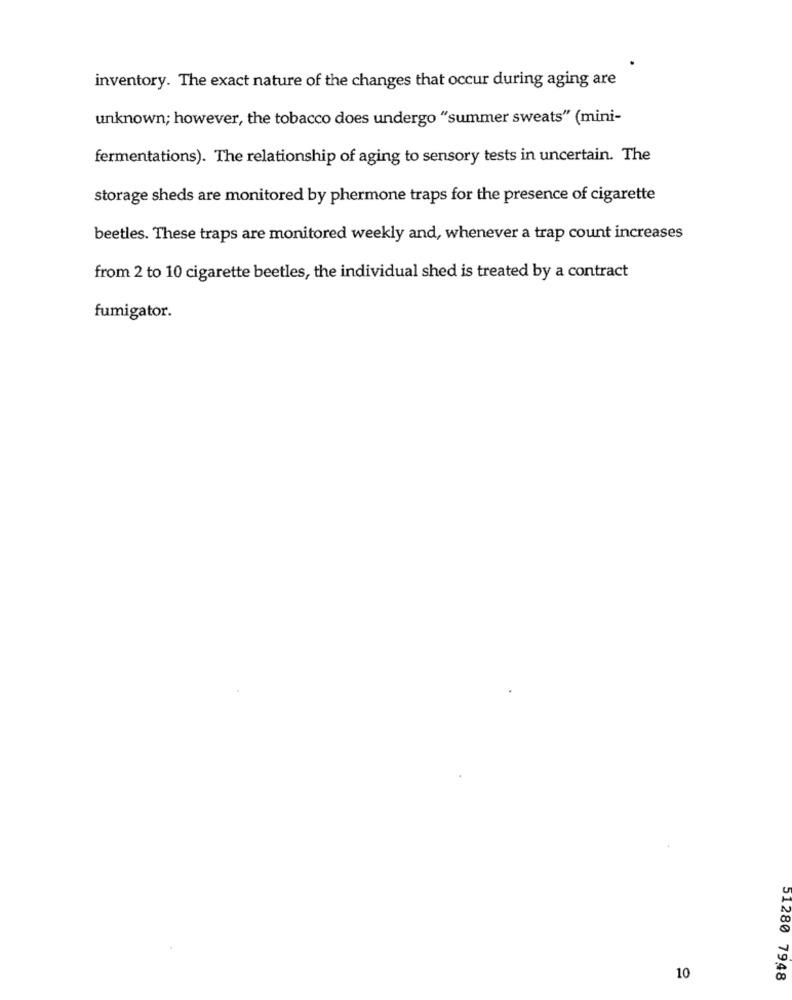
inventory. The exact nature of the changes that occur during aging are
unknown; however, the tobacco does undergo "summer sweats" (mini-
fermentations). The relationship of aging to sensory tests in uncertain. The
storage sheds are monitored by phermone traps for the presence of cigarette
beetles. These traps are monitored weekly and, whenever a trap count increases
from 2 to 10 cigarette beetles, the individual shed is treated by a contract
fumigator.
10
01280 7948